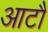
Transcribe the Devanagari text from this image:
आटौ